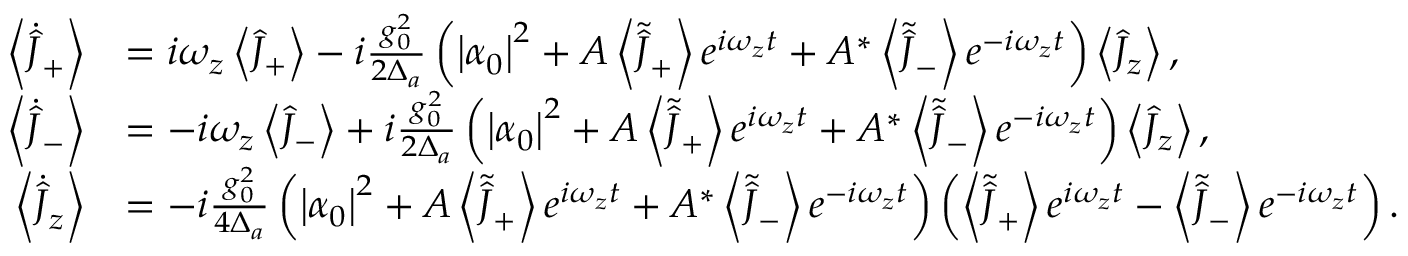
\begin{array} { r l } { \left\langle \dot { \hat { J } } _ { + } \right\rangle } & { = i \omega _ { z } \left\langle \hat { J } _ { + } \right\rangle - i \frac { g _ { 0 } ^ { 2 } } { 2 \Delta _ { a } } \left( \left| \alpha _ { 0 } \right| ^ { 2 } + A \left\langle \tilde { \hat { J } } _ { + } \right\rangle e ^ { i \omega _ { z } t } + A ^ { * } \left\langle \tilde { \hat { J } } _ { - } \right\rangle e ^ { - i \omega _ { z } t } \right) \left\langle \hat { J } _ { z } \right\rangle , } \\ { \left\langle \dot { \hat { J } } _ { - } \right\rangle } & { = - i \omega _ { z } \left\langle \hat { J } _ { - } \right\rangle + i \frac { g _ { 0 } ^ { 2 } } { 2 \Delta _ { a } } \left( \left| \alpha _ { 0 } \right| ^ { 2 } + A \left\langle \tilde { \hat { J } } _ { + } \right\rangle e ^ { i \omega _ { z } t } + A ^ { * } \left\langle \tilde { \hat { J } } _ { - } \right\rangle e ^ { - i \omega _ { z } t } \right) \left\langle \hat { J } _ { z } \right\rangle , } \\ { \left\langle \dot { \hat { J } } _ { z } \right\rangle } & { = - i \frac { g _ { 0 } ^ { 2 } } { 4 \Delta _ { a } } \left( \left| \alpha _ { 0 } \right| ^ { 2 } + A \left\langle \tilde { \hat { J } } _ { + } \right\rangle e ^ { i \omega _ { z } t } + A ^ { * } \left\langle \tilde { \hat { J } } _ { - } \right\rangle e ^ { - i \omega _ { z } t } \right) \left( \left\langle \tilde { \hat { J } } _ { + } \right\rangle e ^ { i \omega _ { z } t } - \left\langle \tilde { \hat { J } } _ { - } \right\rangle e ^ { - i \omega _ { z } t } \right) . } \end{array}